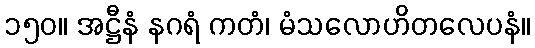
၁၅၀။ အဋ္ဌီနံ နဂရံ ကတံ၊ မံသလောဟိတလေပနံ။